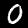
Label: 0